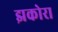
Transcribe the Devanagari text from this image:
झकोरा